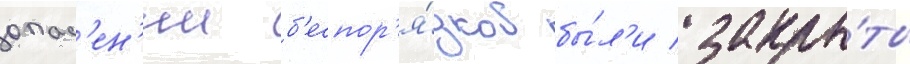
опас'ен'ии б'еспор'я́дков бы́л'и закры́ты